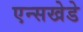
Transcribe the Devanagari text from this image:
एन्सखेडे